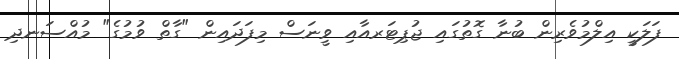
ފަލަކީ އިލްމުވެރިން ބުނާ ގޮތުގައި ޖުޕިޓަރއާއި ވީނަސް މިފަދައިން "ގާތް ވުމުގެ" މުއްސަނދި